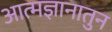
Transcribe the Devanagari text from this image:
आत्मज्ञानातुन